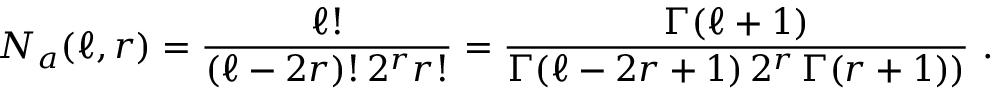
N _ { a } ( \ell , r ) = \frac { \ell ! } { ( \ell - 2 r ) ! \, 2 ^ { r } r ! } = \frac { \Gamma ( \ell + 1 ) } { \Gamma ( \ell - 2 r + 1 ) \, 2 ^ { r } \, \Gamma ( r + 1 ) ) } \ .